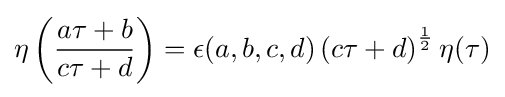
\eta \left({\frac {a\tau +b}{c\tau +d}}\right)=\epsilon (a,b,c,d)\left(c\tau +d\right)^{\frac {1}{2}}\eta (\tau )